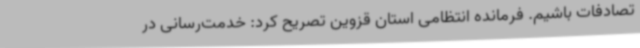
تصادفات باشیم. فرمانده انتظامی استان قزوین تصریح کرد: خدمت‌رسانی در